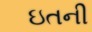
ઇતની